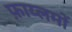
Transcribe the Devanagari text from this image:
फ़ाय्लमों